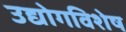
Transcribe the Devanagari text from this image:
उद्योगविशेष